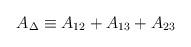
LaTeX: \begin{align*}A_{\Delta} \equiv A_{12} + A_{13} + A_{23}\end{align*}